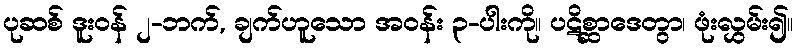
ပုဆစ် ဒူးဝန် ၂-ဘက်, ချက်ဟူသော အဝန်း ၃-ပါးကို။ ပဋိစ္ဆာဒေတွာ၊ ဖုံးလွှမ်း၍။